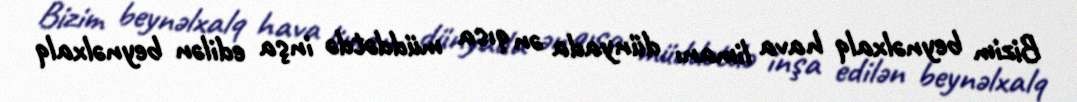
Bizim beynəlxalq hava limanı dünyada ən qısa müddətdə inşa edilən beynəlxalq